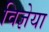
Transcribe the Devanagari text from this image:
विज्ञेया